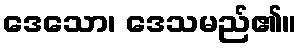
ဒေသော၊ ဒေသမည်၏။